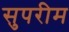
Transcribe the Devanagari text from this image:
सुपरीम